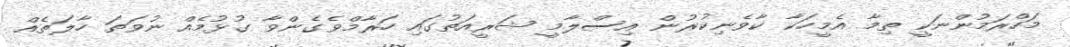
މަހްރަމުންނަކީ ތިމާ އެމީހަކާ ކާވެނިކުރުން އިސްލާމީ ޝަރީއަތުގައި ހަރާމްވެގެންވާ ގުޅުމެއް ނުވަތަ ހާލަތެއް